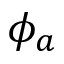
\phi _ { a }